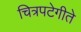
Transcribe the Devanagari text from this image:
चित्रपटेगीते